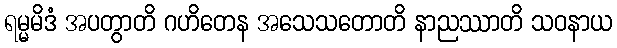
ရမ္မမိဒံ အပတွာတိ ဂဟိတေန အသေသတောတိ နာညဿာတိ သဝနာယ